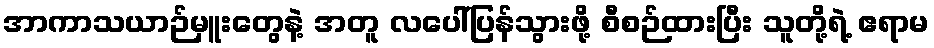
အာကာသယာဉ်မှူးတွေနဲ့ အတူ လပေါ်ပြန်သွားဖို့ စီစဉ်ထားပြီး သူတို့ရဲ့ ဧရာမ